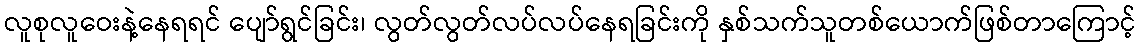
လူစုလူဝေးနဲ့နေရရင် ပျော်ရွင်ခြင်း၊ လွတ်လွတ်လပ်လပ်နေရခြင်းကို နှစ်သက်သူတစ်ယောက်ဖြစ်တာကြောင့်